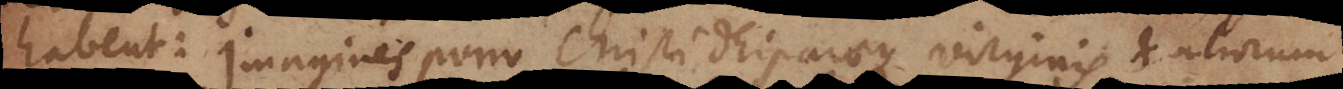
habent: Imagines porro Christi Deiparaeque virginis et aliorum